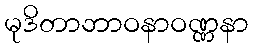
မုဒိတာဘာဝနာဝဏ္ဏနာ